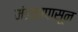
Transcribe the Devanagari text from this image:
मंडळापासून